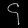
Digit: ၄